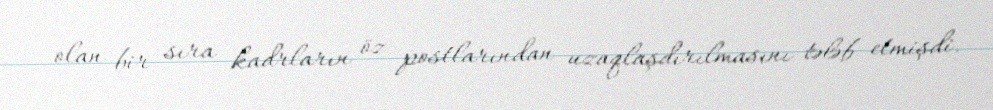
olan bir sıra kadrların öz postlarından uzaqlaşdırılmasını tələb etmişdi.